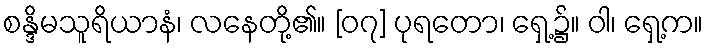
စန္ဒိမသူရိယာနံ၊ လနေတို့၏။ [၀၇] ပုရတော၊ ရှေ့၌။ ဝါ၊ ရှေ့က။